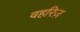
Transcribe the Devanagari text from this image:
वहरिज़